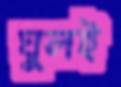
ঘুলই